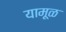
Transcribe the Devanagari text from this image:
यामूळ